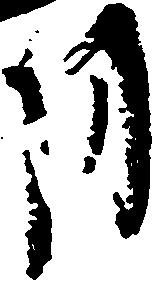
月